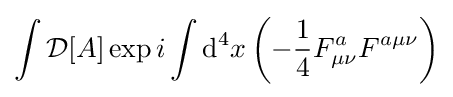
\int {\mathcal {D}}[A]\exp i\int \mathrm {d} ^{4}x\left(-{\frac {1}{4}}F_{\mu \nu }^{a}F^{a\mu \nu }\right)